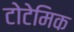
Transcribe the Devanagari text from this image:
टोटेमिक